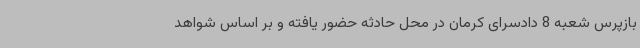
بازپرس شعبه 8 دادسرای کرمان در محل حادثه حضور یافته و بر اساس شواهد